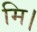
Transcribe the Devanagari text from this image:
मि।